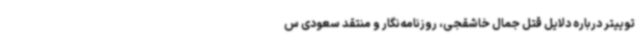
توییتر درباره دلایل قتل جمال خاشقجی، روزنامه‌نگار و منتقد سعودی س